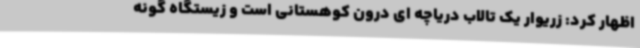
اظهار کرد: زریوار یک تالاب دریاچه ای درون کوهستانی است و زیستگاه گونه